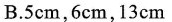
B.5cm，6cm，13 cm